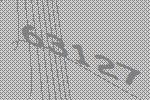
63127